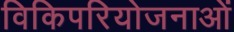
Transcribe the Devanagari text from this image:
विकिपरियोजनाओं